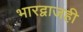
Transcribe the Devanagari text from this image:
भारद्वाजही